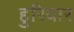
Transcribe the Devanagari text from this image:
हुरियार